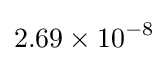
2.69\times 10^{-8}